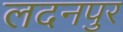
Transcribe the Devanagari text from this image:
लदनपुर